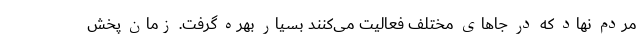
مردم نهاد که در جاهای مختلف فعالیت می‌کنند بسیار بهره گرفت. زمان پخش